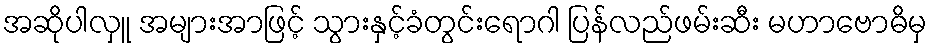
အဆိုပါလှူ အများအာဖြင့် သွားနှင့်ခံတွင်းရောဂါ ပြန်လည်ဖမ်းဆီး မဟာဗောဓိမှ